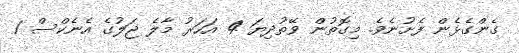
ގެންގެޅެން ފެށުނެވެ. މިގޮތުން ވޭތުދިޔަ 4 އަހަރު މާލެ ޖަލުގެ އެނެކްސް 1